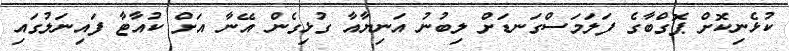
ކުޅެނިކޮށް ޕޮގްބާގެ ފަލަމަސްގަނޑަށް ލިބުނު އަނިޔާއާ ގުޅިގެން އޭނާ އަށް ކުއާޓާ ފައިނަލުގައި